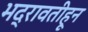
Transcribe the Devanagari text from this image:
भद्रावतीहून